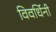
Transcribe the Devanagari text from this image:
विवर्धिनी